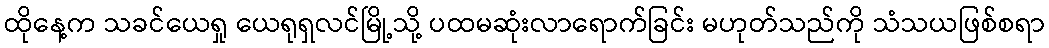
ထိုနေ့က သခင်ယေရှု ယေရုရှလင်မြို့သို့ ပထမဆုံးလာရောက်ခြင်း မဟုတ်သည်ကို သံသယဖြစ်စရာ